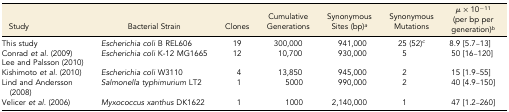
<table><thead><tr><td><b>Study</b></td><td><b>Bacterial Strain</b></td><td><b>Clones</b></td><td><b>Cumulative Generations</b></td><td><b>Synonymous Sites (bp)<i><sup>a</sup></i></b></td><td><b>Synonymous Mutations</b></td><td><b><i>μ</i> × 10<sup>−11</sup> (per bp per generation)<i><sup>b</sup></i></b></td></tr></thead><tbody><tr><td>This study</td><td><i>Escherichia coli</i> B REL606</td><td>19</td><td>300,000</td><td>941,000</td><td>25 (52)<i><sup>c</sup></i></td><td>8.9 [5.7–13]</td></tr><tr><td>Conrad <i>et al.</i> (2009)Lee and Palsson (2010)</td><td><i>Escherichia coli</i> K-12 MG1665</td><td>12</td><td>10,700</td><td>930,000</td><td>5</td><td>50 [16–120]</td></tr><tr><td>Kishimoto <i>et al.</i> (2010)</td><td><i>Escherichia coli</i> W3110</td><td>4</td><td>13,850</td><td>945,000</td><td>2</td><td>15 [1.9–55]</td></tr><tr><td>Lind and Andersson (2008)</td><td><i>Salmonella typhimurium</i> LT2</td><td>1</td><td>5000</td><td>990,000</td><td>2</td><td>40 [4.9–150]</td></tr><tr><td>Velicer <i>et al.</i> (2006)</td><td><i>Myxococcus xanthus</i> DK1622</td><td>1</td><td>1000</td><td>2,140,000</td><td>1</td><td>47 [1.2–260]</td></tr></tbody></table>